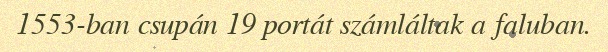
1553-ban csupán 19 portát számláltak a faluban.